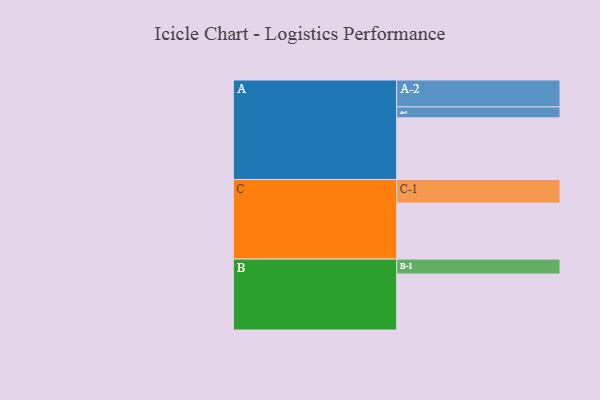
{"axis": {"x": "Segment", "y": "Value"}, "legend": ["", "A", "B", "C"], "data": [{"x": "A", "y": 589, "type": ""}, {"x": "B", "y": 535, "type": ""}, {"x": "C", "y": 535, "type": ""}, {"x": "A-1", "y": 105, "type": "A"}, {"x": "A-2", "y": 257, "type": "A"}, {"x": "B-1", "y": 143, "type": "B"}, {"x": "C-1", "y": 226, "type": "C"}]}